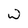
Character: W